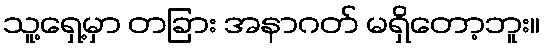
သူ့ရှေ့မှာ တခြား အနာဂတ် မရှိတော့ဘူး။